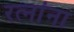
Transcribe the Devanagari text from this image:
रत्‍नांना